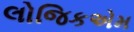
લોજિકએમ